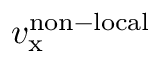
v _ { \mathrm { x } } ^ { \mathrm { n o n - l o c a l } }